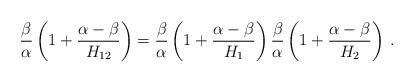
LaTeX: \begin{align*}\frac {\beta}{\alpha} \left( 1 + \frac {\alpha-\beta}{H_{12}}\right) = \frac {\beta}{\alpha} \left( 1 + \frac {\alpha-\beta}{H_1}\right) \frac {\beta}{\alpha} \left( 1 + \frac {\alpha-\beta}{H_2}\right)\,.\end{align*}